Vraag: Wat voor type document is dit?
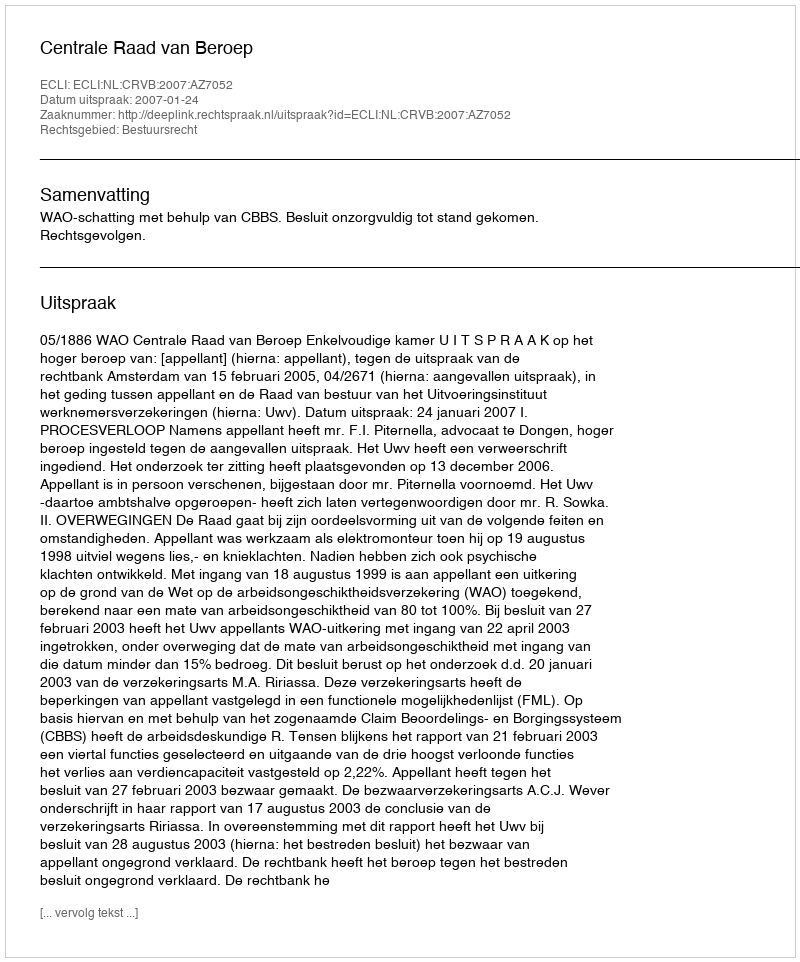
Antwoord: Uitspraak